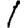
Digit: 1